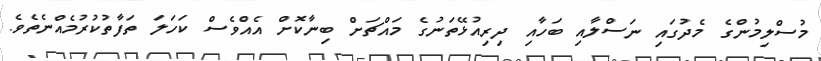
މުސްލިމުންގެ މެދުގައި ނަސްލާއި ބަހާއި ދިރިއުޅޭތަނުގެ މައްޗަށް ބިނާކޮށް އެއްވެސް ކަހަލަ ތަފާތުކުރުމެއްނެތެވެ.